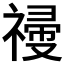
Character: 𥛆